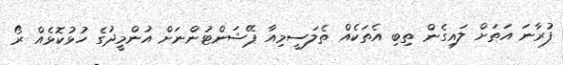
ފުރާނަ އަތަށް ލައިގެން ތިބި އެތަކެއް ތެލަސީމިއާ ޕޭޝަންޓުންނަށް އުންމީދުގެ ހުޅުކޮޅެއް ރޯ